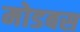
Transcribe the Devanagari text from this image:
मोडबस